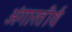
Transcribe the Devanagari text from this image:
अंगारतीर्थ